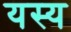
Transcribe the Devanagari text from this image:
यस्‍य